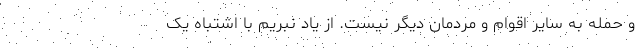
و حمله به سایر اقوام و مردمان دیگر نیست. از یاد نبریم با اشتباه یک